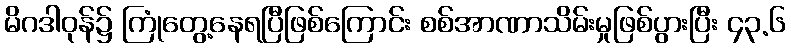
မိဂဒါဝုန်၌ ကြုံတွေ့နေရပြီဖြစ်ကြောင်း စစ်အာဏာသိမ်းမှုဖြစ်ပွားပြီး ၄၃.၆